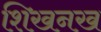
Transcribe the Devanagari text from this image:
शिखनख